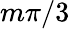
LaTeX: m\pi/3